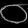
Digit: ၀